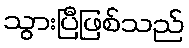
သွားပြီဖြစ်သည်